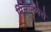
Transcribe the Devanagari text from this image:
मिलोनग्वेरो